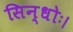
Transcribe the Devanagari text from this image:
सिन्धोः।